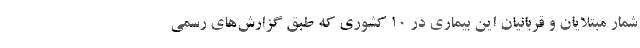
شمار مبتلایان و قربانیان این بیماری در ۱۰ کشوری که طبق گزارش‌های رسمی